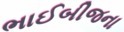
ભાઈબીજના